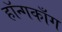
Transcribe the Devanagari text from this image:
हॉन्गकाँग